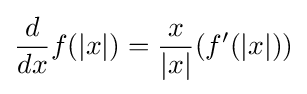
{d \over dx}f(|x|)={x \over |x|}(f'(|x|))